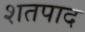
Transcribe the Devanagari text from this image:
शतपाद